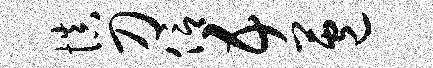
慎刀信五苞